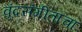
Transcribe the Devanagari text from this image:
वृंदसंगीताचा